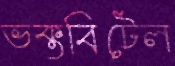
ভক্তবিটেল